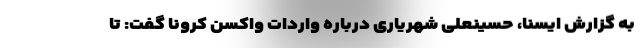
به گزارش ایسنا، حسینعلی شهریاری درباره واردات واکسن کرونا گفت: تا